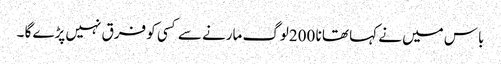
باس میں نے کہا تھا نا 200لوگ مارنے سے کسی کو فرق نہیں پڑے گا ۔